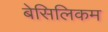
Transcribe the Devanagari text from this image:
बेसिलिकम